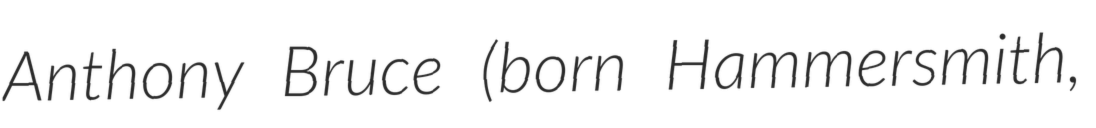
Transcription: Anthony Bruce (born Hammersmith,